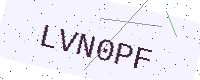
Text: LVN0PF